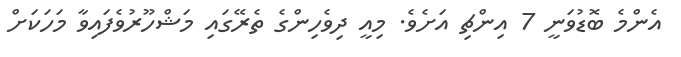
އެންމެ ބޮޑުވަނީ 7 އިންޗި އަށެވެ. މިއީ ދިވެހިންގެ ތެރޭގައި މަޝްހޫރުވެފައިވާ މަހަކަށް